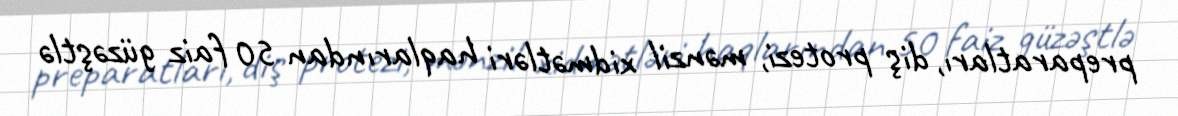
preparatları, diş protezi, mənzil xidmətləri haqlarından 50 faiz güzəştlə